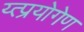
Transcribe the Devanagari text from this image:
य्त्प्रयोगेण